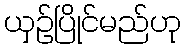
ယှဉ်ပြိုင်မည်ဟု